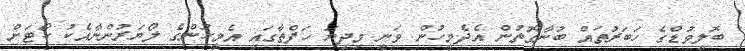
ބޮލީވުޑްގެ ހަބަރުތައް ބުނާގޮތުން އެދެމީހުން ވަނީ މިދިޔަ ހަފްތާގައި އެމީހުންގެ ލޯޔަރުންނާއެކު ކޯޓަށް